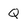
Character: Q